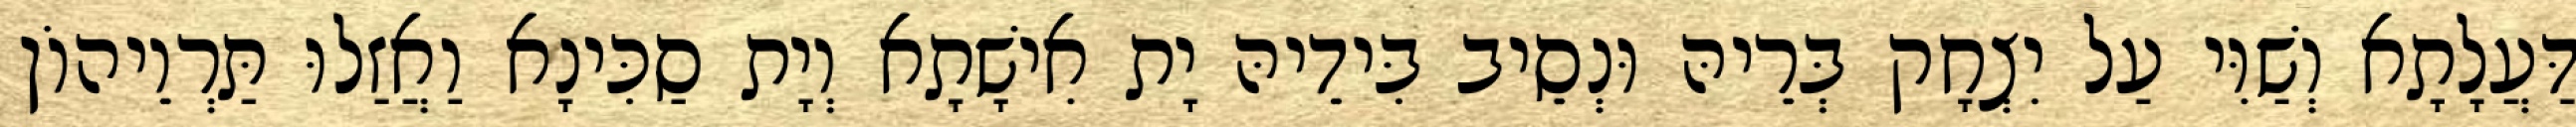
דַּעֲלָתָא וְשַׁוִּי עַל יִצְחָק בְּרֵיהּ וּנְסֵיב בִּידֵיהּ יָת אִישָׁתָא וְיָת סַכִּינָא וַאֲזַלוּ תַּרְוֵיהוֹן